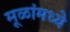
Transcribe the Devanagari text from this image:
मूळांमध्ये